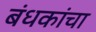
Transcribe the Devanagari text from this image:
बंधकांचा